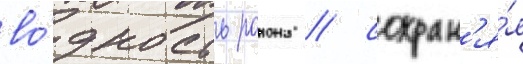
во́дность раиона / сохран'я́я